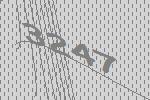
3247